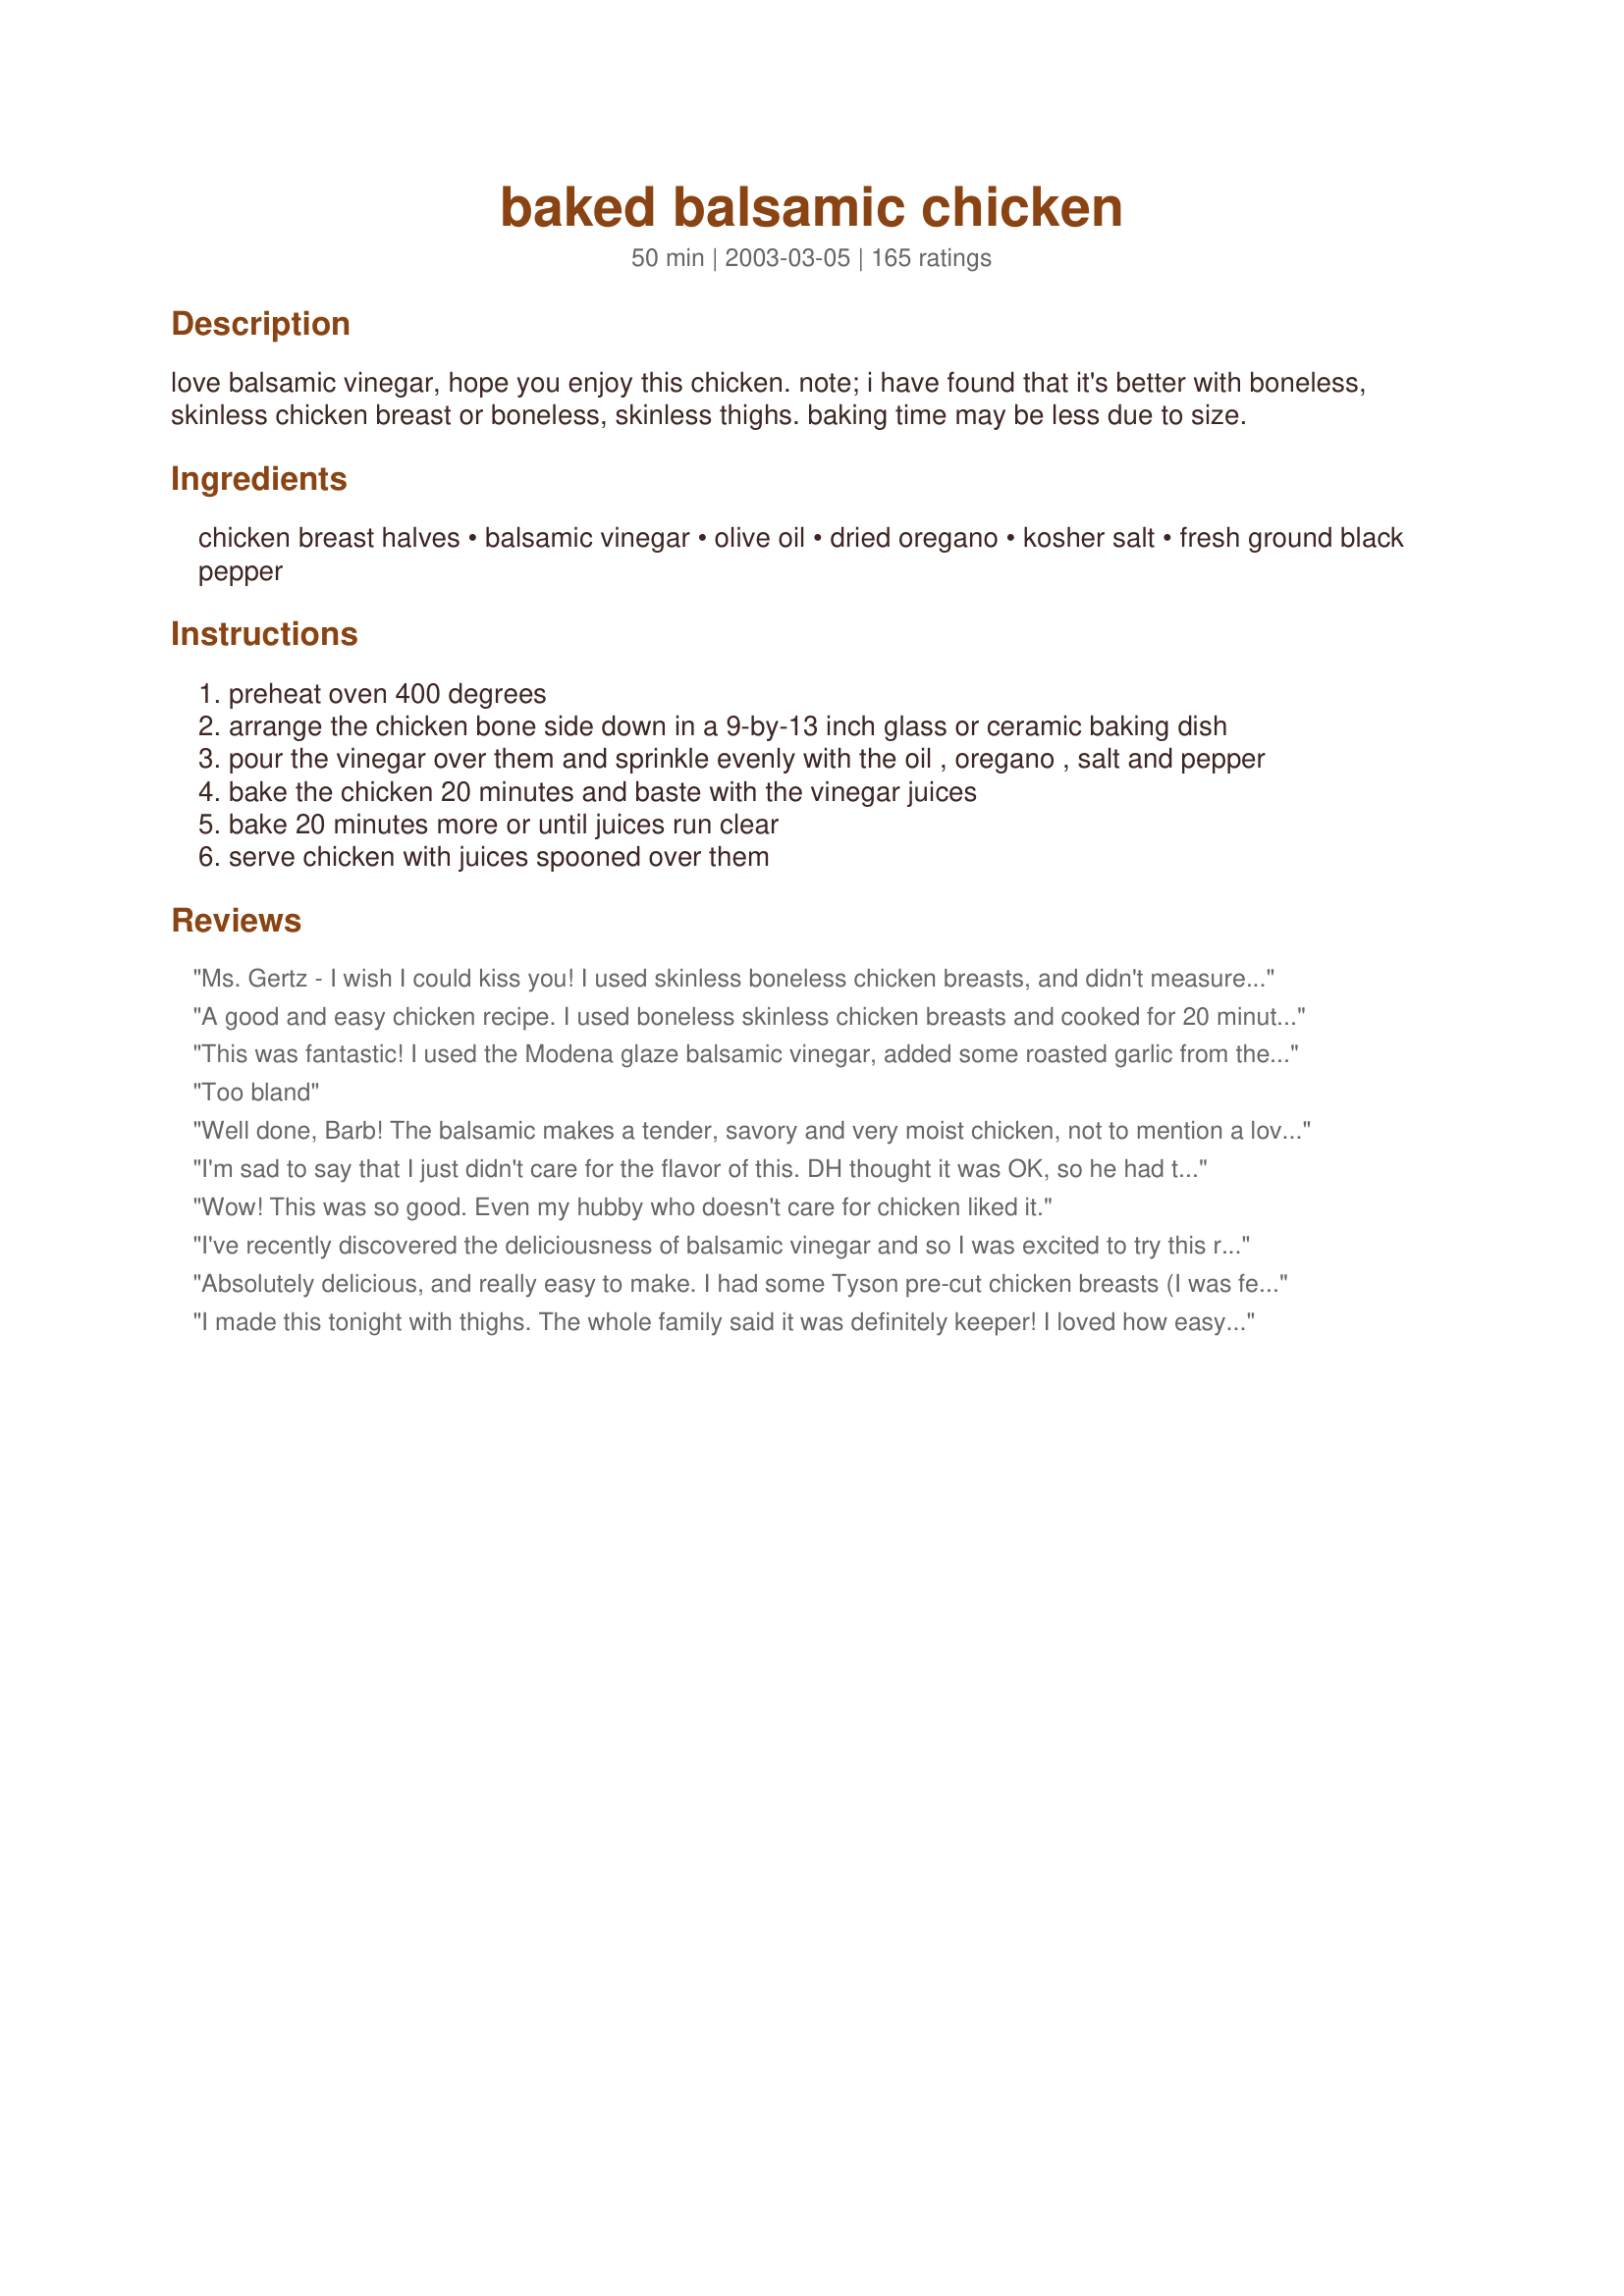
baked balsamic chicken
Preparation time: 50 minutes

love balsamic vinegar, hope you enjoy this chicken. note; i have found that it's better with boneless, skinless chicken breast or boneless, skinless thighs. baking time may be less due to size.

Ingredients:
chicken breast halves, balsamic vinegar, olive oil, dried oregano, kosher salt, fresh ground black pepper

Steps:
preheat oven 400 degrees
arrange the chicken bone side down in a 9-by-13 inch glass or ceramic baking dish
pour the vinegar over them and sprinkle evenly with the oil , oregano , salt and pepper
bake the chicken 20 minutes and baste with the vinegar juices
bake 20 minutes more or until juices run clear
serve chicken with juices spooned over them

Reviews:
Ms. Gertz - I wish I could kiss you! I used skinless boneless chicken breasts, and didn't measure anything out except the evoo, just drenched it with balsamic vinegar, sprinkled plenty oregano and pepper on it, and just a tad of kosher salt. Used 1 tsp of olive oil per breast and got 3.5WW points per 3oz serving. 1/2 way through cooking I threw some asparagus right in there and it was DELICIOUS with that balsamic flavor! DH was so happy to have a baked chicken breast that was juicy and flavorful, and I was ecstatic to throw chicken in the oven and practically forget about it. Your oven temperature is right on, and so is your bake time. I added so many more of your recipes to my cookbook, and can't wait to try them. Thanks for a new staple in my house! I'm going to share this recipe with the world!
A good and easy chicken recipe. I used boneless skinless chicken breasts and cooked for 20 minutes. Next time I would check at 15 minutes since the chicken was a little overdone.
This was fantastic! I used the Modena glaze balsamic vinegar, added some roasted garlic from the freezer and layered the bottom of the baking dish with onions. No skin- no bone, baked for 30 minutes at 350 degrees. I will add more than 1/2 onion next time as they were wonderful in their own right! thank you.
Too bland
Well done, Barb! The balsamic makes a tender, savory and very moist chicken, not to mention a lovely color. 
I marinated this for an hour before I popped it in the 400* oven, and also added about 8 whole peeled garlic cloves, cuz we love garlic with chicken. Made this with mostly thighs, and baked for about 50 minutes. The smell was divine!
I'm sad to say that I just didn't care for the flavor of this. DH thought it was OK, so he had the leftovers for lunch. As a balsamic fan, I can't put my finger on what went wrong, but I'm sorry to say this won't be staying in my cookbook.
Wow! This was so good. Even my hubby who doesn't care for chicken liked it.
I've recently discovered the deliciousness of balsamic vinegar and so I was excited to try this recipe. I used the ingredients as stated and used boneless, skinless chicken breasts. I started them out at 350 degrees for 11 minutes and then realized the recipe stated that the temperature should be at 400 degrees. So I bumped up the temperature. I kept an eye on them to make sure that I pulled them out as soon as they were done. Even with that, they came out dry and very unflavorful. I think the only way to save these is to cover them up with barbeque sauce. This recipe is not for me.
Absolutely delicious, and really easy to make. I had some Tyson pre-cut chicken breasts (I was feeling super lazy) that were frozen. I mixed everything together and then poured it over the breasts, let them thaw for an hour (turned them after 30 minutes), and then cooked them for 30 minutes - 15 on each side. I also used whole peppercorns. I've never been more impressed at the ease and taste of a chicken recipe - thank you!
I made this tonight with thighs. The whole family said it was definitely keeper! I loved how easy it was to prepare and cook. Thanks, Barb!
This chicken smells wonderful when it is cooking and tastes even better when it's ready! And better yet, it does all this without packing in a lot of extra calories! Thank you for posting this recipe Barb.
So easy, tasty, wonderful. This will make it into our rotation. There is no reason not to try this recipe. It's nutritious, easy, inexpensive, great tasting. No muss, no fuss. Thanks, Barb, for a new way to prepare chicken!
Wow, I realy have a hard time fixing somthing that my whole family would eat. This recipe did the trick, everyone ate every pice I served. I would so recomend this to anyone. Thanks for the this recipe Barb.
Very nice recipe and easy too. When I was pouring the balsamic vinegar out of the bottle, it had a strong scent and I was afraid the taste would be overpowering. But it turned out perfect and juicy. I will use this again. Thanks!
Great entree for a busy mom! Thank you Barb! I made this with 2 chicken bnls/sknls chk breasts. I kept the same measurements as if I was making 4 breasts. I cooked this in a 350 degree oven for 30 minutes flipping at 15.

I used the pan juices to make a balsamic reduction that was excellent. I also used some McCormick Mediterranean Spiced Sea Salt for seasoning on each breast.

My husband loved it and I loved that I had plenty of time to whip up mac n' cheese for my toddlers as well as veggies, rice and pop open a bottle of wine. And I only used TWO pans!!!
Don't hesitate to try this recipe! It's so flavorful! Took a couple of reviewers' suggestions and sliced 1/2 onion and a clove of elephant garlic to the sauce. Really added great dimension. Doubled the "sauce" ingredients. When the chicken was done (and very tender!), I reduced the liquid by about half and spooned it over the breasts. Phenomenal!
I made this recipe with pork chops and it turned out great! Very versitile.
Excellent and easy! I thew this together tonight and loved it. Will make again.
I made this using boneless, skinless chicken thighs. So easy to make, just put it all in the pan and bake. The thighs were very tasty and moist with the balsamic vinegar adding great flavor.
This chicken has a great flavor! I used boneless, skinless chicken breasts and I would recommend using the bone in. That's what I will do next time b/c the flavor of the vinegar would be wonderful on the skin. Thanks for posting.
I really liked this recipe...balsamic vinegar is one of my favorite flavors, and I've used it on steaks before, which turned out great, but never with chicken. The chicken came out moist and tender, flavorful and tasty. I'll definitely add this simple but beautifully tasty recipe to my regular rotation. Even my children liked it, which was amazing!
We loved this made with leg/thigh quarters. It looked impressive on the plate. I thought the sauce might be on the sweet side but was pleasantly surprised by its savory flavor. Look forward to making it with breast halves!
Great chicken, DH and I both loved it. I cooked 6 chicken drumsticks, bone in, added whole peeled garlic cloves, and small whole red potatoes. I sprinkled a smaller amount of oregano, so it would't overpower the dish. I turned over the chicken after 20 minutes. Wow, easy and fit for company. I used premium Premium Balsamic vinegar from O & Company (Oliviers), it's syrupy. with and tart and sweet flavor, the juices turned into a glaze. Next time I will add some sliced onions. Fantastic !!!!!
We used boneless, skinless breast and they turned out to be very tender and flavorful, I will definetly make this one again.
Holy Chicken, Batman!!! This was so INSANELY EASY and OH SO SO DELICIOUS!!! I'd probably double the liquid next time, just because most of mine evaporated. THANK YOU SOOOO MUCH for sharing this!!!! A SUPER Winner!!!
Wonderful chicken! The flavor was great and the chicken came out very moist. I used 6 boneless skinless chicken breast halves and baked for about 28 minutes. This recipe is very quick and easy to make, I'll be making this again!
This was very good and simple to make. I didn't use the olive oil and it still came out favorful. I kept turning the chicken every 15 minutes. I cooked it for 45 minutes because my chicken breasts were large and I forget to cut them in half.
Delicious. I used Chicken Leg quarters. I did one that was skinless for my mom who is on a diet and I think it came out better on skinless chicken. Will do this on skinless boneless breasts next time.<br/><br/>I paired it with the an Apple potato and onion hash (a Rachael Ray recipe) and some flaky biscuits ( these were not home made).<br/><br/>Will definitely make this again!
Everyone in my house loved this chicken. My 5 year old (pickiest of eaters)had seconds -- can't get a better accolade than that. I prepared the dish as directions indicated. My only change was that I used boneless, skinless chicken breasts. Cook time was reduced to 35 minutes. Chicken was moist, tender and delicious. The recipe was so simple, quick and healthy. Another perfect addition to my diabetic recipe collection.
What a savory, tasty, tender way to eat chicken. Probably just my oven, but the chicken was done in about 32 minutes, rather than the full 40. Thank you for such an easy, yummy dish!
This is one of our new favorites and a recipe that will be made often. Boneless chicken breasts work great in this recipe. The chicken turned out moist and we loved the balsamic vinegar.
AMAZING!!! We loved this chicken recipe!
This was so easy & my husband and 2.5 year old loved it!! After baking, I also reduced the liquid & added a little butter to the saucepan to make a thicker, richer sauce. I used chucken cutlets and baked 20 min @ 350.
Thanks!
An absolutely fantastic, simple dish! I marinated the chicken for 2 hours in the mixture. I also added some leftover roasted garlic, mashed. To speed up the cook time, I seared both sides in a hot cast iron skillet, then popped it into the oven for about 15 minutes. The glaze leftover on the bottom was out of this world! Next time, I will take the suggestion I saw to add sliced onions to the bottom of the pan...maybe mushrooms, too!
Awesome...very EASY...chicken came out moist and tasty! I did although take sauce and reduce it in a saucepan and then pour back over the chicken. THANK YOU!
I have made this a couple of times now. I use boneless skinless chicken breasts, because of this change, I cook the chicken in a 325 oven, for 35 minutes, then cover & let rest for 10 minutes, this prevents the boneless breasts from becoming dry & tough. Also if I am making a sauce from the pan drippings, I stir in a tablespoon of butter just to give the sauce the added richness. Restaurant quality chicken, quick & easy. Thanks for a fabulous recipe!

Update August 29, 2007, Made this again last night using Okanagan Raspberry Balsamic, wow!!! Again made the pan sauce stirring in a teaspoon of butter for richness & thickening, served over mashed potatoes. Great recipe, thanks, Barb!
This was the juiciest chicken I have ever made! The skin was nice and crispy too.
I browned the chicken first to give it some color, then baked aproximately 10 minutes, since the chicken was already partially cooked. Tasty, but I was hoping for a little bit more flavor. This recipe does get a lot of props for ease and simplicity! Thanks.
No changes in the recipe and for some reason neither one of us cared for it much. Would not make it again.
I can't believe I haven't rated this yet! I have made it half a dozen times and am pleased every time with how easy it is and how wonderful it tastes. I love that I can decide to make this an hour before dinner and end up with something super tasty. Thank you for sharing.
So easy and so delicious!
Great recipe! I used skinless/Boneless chicken breast, doubled the balsamic and used Italian herbs mix with vegetable oil (had no olive oil) added seeded cut-up tomatoes. Also layered the bottom of the pan with sliced onions. Cooked at 350&deg; for 30 min. When done removed the chicken an onions and thickened the sauce with corn starch, also added 1 Tbl. Butter to it.. it was sooo delish!.
This was decent, but I probably won't make it again. The vinegar was a bit strong for us.
This was a simple, flavorful way to bake chicken. Thanks for posting!
I loved the idea of this dish but the flavours didn&#039;t really come through too much. Maybe my pan was too large? The red onion and garlic that I added like some other reviewers was the best part.
Yum!!!! So easy and so good.
For some reason, the chicken breast didn't pick up the flavour of the basting juice and it was pretty bland. Also the liquid left at the end of the cooking isn't thick enough to use as a sauce over rice or noodles. Next time I'll try one of the balsamic chicken recipes that have tomato in them. Sorry but this recipe just doesn't do it for me.
Very good chicken. I didn't have kosher salt, so I just subed regular salt for it. My two picky boys ate the chicken right up, as the flavor wasn't overpowering, and my husband and I enjoyed dipping our chicken in the extra juices! Mmmm mmmm good!
I am surprised I haven't rated this yet - this has become a staple in my recipe collection. I have used it with bone in AND boneless skinless chicken breasts. I find it to be a wonderful, moist, delicious and tasty recipe. Just the right balance of flavors. It is my GO TO recipe if I don't have time or many ingredients. Easy, fast, reliable, and I can put almost any side dish with it. I have even used the drippings to make a gravy/sauce and it too was great. THANKS!
This is so good! I have a hard time eating plain ol' chicken. This gave it a lot of flavor and made it very moist and tender. I topped the chicken with some mushrooms for the last 10 minutes. I can't wait to make this again. Thanks for sharing!
Very tasty and super easy. Picky husband and daughter loved it. Delicious left over cold, too. WOuld be great on a salad, fajitas, enchiladas, etc.
This was easy and delicious! Both my husband and I really enjoyed it.
I like this recipe very much and have used it several times already. I use boneless skinless breasts and they come out tender and with an enticing aroma. After the chicken is cooked, I like to pour the juices into a small saucepan, then boil it for a few minutes to reduce it to a glaze which I pour over the chicken.
My very picky eater DH LOVES this receipe. We have it about once every other week. He calls it his favorite chicken. Very easy to make and very tasty! Thanks for sharing!!
Very moist and very easy. The skin had a lot of taste, but I wish the chicken itself was a bit more flavorful.
I made this tonight and we absolutely loved it. I used boneless, skinless breasts and they came out perfect. I cooked them for 30 minutes. Wonderful with Barefoot Contessa's Roasted Garlic Potatoes and steamed zucchini. What a great low-fat recipe!
I have made this recipe twice in 1 wk..Barb, this is a truly amazing recipe..the chicken is soooo moist and flavorful, used one breast for a chicken salad..YUM!
Thank you for sharing, will be made often!
This was excellent. I think next time I'll try thighs. Thanks
This was the juiciest chicken I have had in a while!! The flavor was GREAT too! Even my DH, who is not a big balsamic vinegar fan, really loved this chicken! So easy and so good....my kind of recipe! Thank you so much for posting!!
This is company fare!! Very good and very easy to do. I cooked two breasts. I put them in a dish in the early pm with the rest of the ingredients then cooked them for dinner. Well worth doing. Thanks for the post Barb.
Easy to make and moist but not very flavorful.
Barb, this is good cooking, 10 min prep, in the oven, and out comes this juicy, moist flavorful chicken that not only taste great, but looks great to! I put this together with some butter garlic rice from Uncle Bens, and a cesar salad out of a bag, for my sister and her husband and they thought it was just the best dinner ever! haha! Almost to easy.
Thanks again, your recipes are always winners.
A great, quick and easy recipe. I used boneless, skinless chicken breasts and baked at 350 for about 30 minutes.
I'm sure I'll will be make it again. Before attempting this again, I'll have to figure out what seasonings to use, by reading all of the review, and see that will work for others, and than for me, to make it more flavorful or lot better for me to do! Anyway, excellent to do a SCRATCH on recipes. The more I play with my food, the more I love cooking, to make a recipe that will work for me, that is!! Than I can do the happy food dance!! I've will added this to my recipe book with my additions. THANK YOU!!
Excellent variation on a roasted chicken breast. The skin turned out crispy, and the meat was tender and moist. Wonderful flavor. Definitely a keeper!
Unbelievable! My youngest son devoured this. I split two chicken breasts in half (& lessened the seasonings), so my bake time was shortened. Fantastic & so easy to put together. Thank you.
This had a little too much oregano for me. I think the next time, I'll probably reduce the oregano to 1/2 tsp., and then it will be more to my taste. 

It was very moist and juicy. I used boneless chicken breasts, and I think that's probably what I'll do the next time also.
Fantastic! I&#039;m a newbie into cooking and this one is very easy. I used boneless chicken breast and followed that instructions as is. I love the combination of the oregano and balsamic vinegar. It smells wonderful. I baked it for 20 minutes at 400. It turned out moist and tasty. I will surely cook this again for my family when I get back home. Thank you for sharing this awesome recipe.
For how simple this recipe is, it's definitely a 5. Lots of flavor with just a few staple ingredients. My whole family loved it. I will most likely use a bit less salt next time. But it was delicious!!!
Barb,

Thanks for posting this wonderfully simple recipe. It's quick and easy -and tastes delicious. I like to serve mine with brown rice and fresh fruit.
I rubbed these with the oil and sprinkled with oregano, thyme, basil and pepper and seared them on my grill for a few minutes to get the flavor and nice charing marks. I think with the amount of vinegar the salt isn't needed. I also covered the breasts with diced onions while baking because that helps keep them extra moist as the juice from the cooking onions bastes them. I used a thermometer to get the temp right.
It was moist but it didn't have a lot of flavor.
Good chicken recipe. Quick, easy, and delicious. A nice, healthy, low calorie meal when paired with a side of veggies. Plus its low carbs! Even the 9 yr old enjoyed it.
Great! I added some fresh garlic and basil. This was very simple and had a nice light flavor. Thank you barb
Very good. I cooked in the slow-cooker and the chicken was tender and tasty! Thanks for another good chicken "dump" recipe.
Oh so simple and delicious. Need I say more??
Excellent - moist, flavorful and now a family favorite. Use chicken with bones and skin. I threw a few cloves of garlic around chicken and it gave it even a more wonderful taste.
We really enjoyed this. I used bone in/skin on chicken. It was moist and flavorful. I actually baked mine at 375, meat side down for 30 minutes and then flipped it so the top would brown for 30 more minutes. I broiled for a couple of minutes in the end. I'd like to try it with boneless skinless breasts next time. Thanks!!
We didn't care for this - I don't know what happened but it wasn't good. This could very well be my fault so I'm not going to rate yet; I'm willing to try one more time since so many others managed to make something wonderful.
Very good! Easy to make, seasonings and such that I always have on hand. I served this with roasted red peppers and aspargus. What a lovely meal! Thanks Barb! Another winner!
was good and easy. Not great.
Finally getting around to posting how great this recipe is!! I love balsamic vinegar.. I've used it a glaze for filet mignon.. but never with chicken.. this is a wonderful recipe. Made it a few times now and turns out perfect each time.. the vinegar actually sweetens (if that makes sense). and the smell while baking.. just imagine perfection in your oven.. I will make this again and again..
I like this chicken a lot. My only complaint is that it did not have a lot of flavor. But overall, very good!
The chicken came out moist and tasty! Next time I will use more vinegar. I served it with Derf's Fresh Green Beans with Garlic (12423), Sweet and Spicy Sweet Potatoes (78953) and the awesome Artichoke Bruchetta.
Thanks for a great chicken recipe!
These were awesome and SO easy. Thanks for sharing, Barb!
Very nice Barb! I used 6 legs and put everything in a ziplock bag, shook it up and put in the oven. The taste was nice and "THERE"!
I made this dish last night using chicken pieces. My family enjoyed this and I will continue to make this. I think next time (if using pieces) I will let the chicken roast for the first 20 minutes without the vinegar, then drain the grease from the skin, and then pour the vinegar on for a more stronger vinegar flavor. Anyway, we loved it and will include this recipe in our rotation. Delicious. Thank you for sharing with us.
This was so easy and very tasty, my family loved it. I Baked the bone in chicken over a bed of spinach, and roasted the other veggies with the same balsamic glaze, it was awesome. Thanks!!
Loved, loved this chicken! It was Delicious, Tender, and Very easy to make! I used boneless chicken tenderloins so the cooking time was a little less. The whole family cleaned their plate. Thanks!
Hit with the house! Only thing I wish was that my chicken breasts weren't so huge. It ended up cooking for longer than 40 minutes (checked with meat thermometer). Amazing taste and so juicy! I want to try this with boneless chicken next time. Thank you for posting this, Barb!
this is such a great dish that always turns out perfect with almost zero effort. yum, yum, yum!!
I really enjoyed this (it was 5 stars for me) but my other half wasnt too keen (3 stars from him). He did eat it but said he wouldn't want it again. Me, I thought this was excellent and I'll certainly be having it again. The chicken was SO tender and moist and the flavours were really good - not too overposering but not too weak either. I baked it as directed but the juices did burn onto the pan a little which made it hard to baste. I served as directed with the juices spooned over the top, but personally I didn't think it needed it - the chicken was great just as it was. A fab recipe - thanks Barb!
i love balsamic but this wasnt good at all
This is excellent! Sooooo good. Have made it twice and will definitely be making it frequently from now on. I reduced the olive oil, salt and pepper by just a bit (personal preference). The first time, I used bone in chicken and the second time skinless, boneless. Both were very good.<br/><br/>Was a bit skeptical about trying this at first because of the vinegar but after reading all the great reviews.....and seeing how easy it is to put together, I gave it a try and am very glad I did.
Made this tonight using leg quarters I had on hand. Wanted to make sure I didn't forget to tell you before I do anything else tonight...Barb, this was DIVINE!!! I loved the use of the balsamic vinegar. I left the skin on, this time...not the healthiest choice, but I will have to try the boneless, skinless chicken breast or thighs next time...and believe me, there will be a next time. Thank you for sharing.
This recipe smelled delicious, and would probably be okay in a salad, but I didn't care for it by itself that much. Would probably not make again. DH gave it 3 stars
I made this chicken for a family dinner during Passover and followed the recipe exactly. I quadrupled the recipe, filling 1 9x13 pan with chicken thighs and one with split chicken breasts. The chicken had a great flavor and was very moist. The leftovers will be good for any chicken recipe requiring cooked chicken. I'm giving it a 4 star, even though I thought it was great, only because I was looking forward to the balsamic vinegar flavor, but couldn't taste it at all. I asked a couple of guests and they hadn't guessed there was any in the recipe. I tried following the other reviewers suggestions about reducing the sauce, but it just didn't work very well for me. Too much fat and not enough sauce. It probably would work a lot better with skinless chicken breasts, but I decided to make it skin on for a juicier chicken and let people that wanted to remove the skin themselves (which is what I did). Oh, I did end up cooking it at 350 degrees for 1 hour to accommodate the other food and the lower temperature they required. I'll definitely be making this again.
Wonderful, quick & easy. I used boneless chicken breasts and cooked 20 minutes uncovered and 10 mins covered.
Great chicken dish!!! I'm always looking for new things to do with chicken, this was delicious!!! I used 6 small boneless skinless breasts and reduced the oregano to about 1/2 tsp. I realized after cooking it that I had forgotten the oil, but it was still great!! They cooked for about 35 mins, I turned them 1/2 way through and only basted a couple of times. I told my picky DH what I was making for dinner and he was skeptical (as always :D ) But I guess it passed the test because he kept coming back for more until it was all gone :) :) Thanks for an awesome, low calorie chicken dish. I will be making this often!!
Delicious & very easy! I used boneless chicken breast and was worried it would end up dry, but it was perfect! Thank you
Very good and flavorful -- really enjoyed it. Thanks!
We really enjoyed this recipe! As some of the reviewers suggested, I laid the chicken atop half of a sliced red onion and three large crushed cloves of garlic. Also used skinless, boneless thighs (the husband is weird about both skin and bones). Cooked for about an hour at 350 (our oven is a bit unreliable). Served with a green salad and baked then mashed winter squash, this was a lovely dinner for a chilly fall evening. Thanks for posting!
This chicken was absolutely delicious! Made it exactly as the recipe says and it was soooooo good. DH loved it and so did I. Wonderful, simple chicken dish. I would not hesitate to serve this to guests. It looked as good as it smelled. We had it with a mixed rice blend and cabbage ramen salad and sliced tomatoes. Thank you Barb. I know this will be requested again very soon!
This was fantastic! We love balsamic, and it imparted a nice sweetness to this dish. It was also very juicy (I followed the stated time, but used boneless skinless chicken breasts). I used just a sprinkle of salt and fresh oregano - which was great in this. Thank you!
I made this using boneless skinless chicken breast. Love the balsamic vinegary flavor and seasoning was just right. Wasn't quite as moist as I would wish for, so think I will try next time with bone-in breast or thighs. A solid family pleasing dinner. Thanks, Barb.
Loved it! Loved the flavor, loved the fact it's low-fat, loved how quick and easy it is to prepare. I also used boneless, skinless breasts; they came out quite tender, and very flavorful. A definite keeper -- thanks for posting this!
Forgot to review this! My husband loved it. I really enjoyed the smell of the balsamic vinegar as it cooked. I have made this dish twice now and it never fails. Served over rice and you have the perfect little meal.
Loved this! Couldn't have been easier, either.
I use a strawberry/balsamic glaze on my chicken breasts - mashed golden potatoes and gold sweet potatoes along with French green beans
This was fabulous! I used bone-in legs/thighs and baked for a total of about 50 minutes. Very easy prep and wonderful flavor. I will definitely make this one again! Thanks for the recipe.
Easy and delicious! I will make this again many times.
This was nice... something different. Do not be scared of the balsamic ... it doesn't end up being a strong taste at all. Thank you.
Very good. The balsamic vinegar creates a very tasty sauce. I used thighs and legs as well as breasts. Since there was no oven setting given I used 325 degrees. I baked it one hour plus.
This was very good thank you! I added onion, red chilli flakes and fresh oregano to it and it came out really moist because of the balsamic and filled with flavour! Kids and hubby really enjoyed so thanks again. We'll definitely make this one again as it was a hit and super easy to make.
It was good but my juices dried up and burnt to the pan making the chicken dry. Any idea what I did wrong?
A healthy and easy meal to prepare! We served this with baked potatoes and I used the left over juices from the chicken to pour over the baked potato in place of butter.
My DH actually made this as I was home later than him tonight. The smell coming in the door was fabulous. We really enjoyed this and it's so simple even my DH can make it. I've been pushing him into learning to cook, this was just right for the beginner cook. I praised him over and over, so he'll continue to venture into the kitchen! He-he!
What a wonderful dish! Used chicken tenders, as that was what was on sale. A dieters delight. Thanks for sharing.
Oh my goodness this dish was fabulous. I made this for the DH last night and he is still talking this morning about how "the flavor really got into the meat". <br/>I used chicken thighs and did as some suggested by adding half of a red onion and whole garlic cloves (about 4) to the bottom of the baking dish before adding the chicken. The onion took on an amazing sweet & sour flavor that really complemented the chicken. Next time i'll add more onions and garlic.<br/>I made mine in a metal baking dish so i could stick it under the broiler for a few minutes after the chicken was complete to crisp up the skin. Thank you Barb for a great dish!!
I really like the flavors but my chicken breast got over cooked at only 30 minutes cooking time. I think next time instead of basting at 20 minutes I&#039;ll actually turn the breasts over (they seemed to be moister on the bottom and dryer on the top). Then I&#039;ll likely check the breasts at that time to see if they need to cook more. Tasty though!
I had high hopes for this being quick and delicious and simple. It was indeed quick and simple, but I would not make it again. It was not appealing in presentation -- the cooked balsamic gave it an off-putting color, and my kids did not really enjoy it. I ate it, but it wasn't anything special.
So easy and what an amazing flavor. Will make again. Thanks for a great tasting recipe! (Even pickey hubby ate it as well)
Very good recipe. This will be used on a regular basis. I paired with cole slaw and potatoes prepared with olive oil, garlic salt, onion powder and oregano. Great combination. Thanks for this recipe
My girls loved this. I wasn't hungry, so didn't eat that night, but they said it was a keeper & they wanted it again. It was really easy, and I'll be making it again. Thanks.
This chicken was exceptionally moist! Also, very quick to prepare. We just found the taste to be a little bland.
I made this for dinner this evening along with Crispie Baked Potatoes #106872 and Tarragon Carrots #88902 and Brownies #116597 for dessert.The chicken recipe was so easy and had a real nice flavor.The kitchen smelled wonderful as it was cooking...My DH liked it very much.The potatoes went in the oven ,30 minutes before the chicken was done,same temp400. I love these potatoes and this time I added half again more garlic salt and cayannne .The carrots had a overpowering flavor,but were a nice change.And who doesnt like brownies?I made half the recipe 5 bags.I made one for dessert and I cooked them at 350 for 30 minutes,they were cake like,nice texture,not as sweet or chocolatie as my regular recipe but still very good. I sprinkled powder sugar over the top of them..I will make other bags when I have unexpected or last minute company as I only need 30 minutes to have a nice warm batch of brownies...
The flavor is great. I removed the skin from the chicken breasts, so the outer meat got a little overdone...maybe I would cover loosely with foil next time about halfway through. Incidentally, the tangy chicken tasted great with a sweet potato side and fresh green beans. It's a winner!
This was LOVELEY! I was nervous about using vinegar on chicken but with so many reviews I thought that I would try it. I am certainly glad I did. I de-boned the chicken to give a better presentation, otherwise I did everything according to the recipe. The taste was delightfully simple, and the meat was so tender, restaurant quality! My husband was very amazed as well.
I was hesitant to try because ive never used basalmic vinegar as main ingredient but turned out so good. this recipe was also so easy! I used chicken breast,served over rice, added minced garlic, 1tblsp worcestershire sauce and 2 tblsp raspberry chipolte sauce to give it a spicy sweet kick. i also threw in some steamed carrots the last couple minutes. the whole family loved it. thanks for saving dinner tonight Barb!
I'd have to say this recipe is awesome. Took me a few minutes to prep and just threw it in the oven. Easy and quick. Will be baking this a lot more often, its just too easy and it is very low in oil or any other types of fat. I used chicken breasts without the bones and it came out great.
Husband who never makes anything but hotdogs made this. Kids ate it. Enough said.
I was really looking forward to this recipe after the reviews and was disappointed by the extreme dryness of the chicken. I followed the directions exactly except baked ~20 minutes uncovered and ~25 minutes uncovered at 350. My DH loved it though because he prefers dry chicken which can be a benefit for me when I overcook it.
This is an awesome dish! Easy and very tasty. The family requests it almost weekly. I usually add just a bit more balsamic, but otherwise follow exactly. Thanks for such a great recipe.
Very tasty! I added minced garlic.
I was surprised how good this was because it was so simple to make! My Husband liked it a lot! When planning our dinners this week the first thing he suggested was this meal! I'm making it again tonight! The only difference I made was I chopped up some onion and carrots and placed them in the pan first and sat the chicken breasts on top. The carrots ended up being one of the best parts of the dish, they tasted great soaked up in the sauce! Looking forward to eating this again :)
This is an easy and delicious recipe; a definite keeper! I make it with boneless breasts and reduce cooking time by 5-10min.
This was very easy and everyone loved it so it's definitely a keeper. I used boneless, skinless breasts and reduced the oven temp to 325 as another reviewer suggested. I mixed the vinegar and oil together and poured over the chicken, which I seasoned with s&p and an Italian herb mix. Cooking time was about 40 minutes.
This chicken was very light and delicious! I served it with coucous and asparagus and it was a great, healthy meal. Thanks for posting!
This is excellent, my husband and I both loved it .. I will reduce the juices over the stovetop next time to make a sauce, thanks!
I used boneless skinless thighs. I also served it over mixed greens. So juicy, sweet, healthy, satisfying, and QUICK. It doesn't get much better than that! Thanks!!
This was so tender and delicious! I love how easy it is to prepare and the taste is just fabulous! The only thing I changed was I used boneless skinless chicken breasts and baked them for 25 minutes. Thank you for a real keeper!
Easy as heck to put together and I love how delicious it is! I love that I can grab a pan, throw in some chicken and a few common household ingredients and have dinner! Absolutely delicious and the hubby loves it!
Very nice! The sauce turned out very thin so next time I will try the saucepan method that others gave but the taste was very nice. This was a simple, healthy meal. My 4 year old loved it but my 6 year old did not. DH and I thought it was very good. Will make again!
We really enjoyed this. I used a "Tastefully Simple" Spinach and Herb Mix instead of oregano. The baslamic gave this a nice flavor, different from ordinary baked chicken. My family enjoyed it.
This recipe was a true crowd pleaser.
What can I say that the other 95 have not? This was absolutely delicious and I used the leftover juice in the baking pan and drizzled it over my salad! I made recipe #87782 with this and it was a light but very tasty dinner!
There is not much that I don't like but this dish was awful!!!!
I made it last week and the chicken turned out so good me and my BF love balsamic vinegar and this one was a winner.It is so easy to prepare.Thanks for the recipe will be repeated again.
delicious and easy
This was really good. I used boneless skinless breasts and laid them on top of sliced onions. I just threw everything else together and added a little minced garlic and whisked it all up and poured it over the top. My husband loved it and asked when we were having it again after only a few bites. The best part was how simple this was to throw together.
I made this about a month ago and my husband is absolutely wild about it! Every time I ask him what he wants for supper, he requests this. I have just quit asking or we would have it every night. If you have one of those silicone baking pans, it makes a very nice crisp bottom. I have also tried to rush things by just putting all the ingredients in a bag and pouring over the chicken. It is much better if you follow the recipe; the olive oil keeps the other ingredients right where they should be and the chicken has much more flavor. Thanks, Barb, for sharing such a great, easy recipe!
Very good recipe. I used boneless, skinless chicken breasts. They were about 2.5 pounds total, and I halved them and doubled the recipe. I also followed another poster&#039;s advice: cooked at 325 degrees for 40 minutes and came out great.
I&#039;ve made this several times now - it&#039;s become one of my go-to recipes for quick, easy, and yum! I spread red or sweet onions on the bottom of the pan along with a load of mushrooms and spoonfuls of minced garlic, then eight or so chicken thighs and double the balsamic and oil. I don&#039;t measure the salt, pepper, or oregano - just sprinkle like mad until it looks about right. Comes out perfect every time - amazing flavor!
YUUUUUMMM!!! For such a delicious this, this was really easy to prepare! Added 6 cloves of garlic as well.

After baking the chicken, we saved the juices into a sauce pan, put some cream and mushrooms and made really delicious sauce! Try it!
I thought this was a good recipe but my husband loved it! I found it very easy to make and will definitely make it again. Thanks!
This is DELISH! I added a bunch of sliced garlic as well and it was such a nice addition! You have so many good recipes! Cant wait to make this again!
Loved this, and it smelled divine while cooking. I used boneless skinless breasts and baked at 325 for 35 minutes. Wonderful!
Excellent, easy! I used boneless skinless breasts and a combination of a white balsamic and dark balsamic vinegar. I marinated the chicken breasts. I wanted to reduce the sauce but I didn't have enough to do so (maybe because I marinated). I cooked 30 minutes at 350. Next time, I'll double the sauce ingredients so I can reduce some on the stove to serve over the chicken. Served with Recipe #93179. Definitely will make again & again!
It was not as good as other balsamic chicken recipes that i have tried. Though I do agree that it was easy!
Fantastic recipe! Wife had some balsamic vinegar she was going to throw out, I found this recipe and none was wasted. Thank you!
The chicken was very moist and it tasted good too! The balsamic vinegar really added a great flavor to this recipe. Next time, I am going to make a little extra sauce so that I can have more to drizzle over the cooked chicken. Thanks for a great recipe, Barb!
Tasted wonderful. I used boneless breast chicken and baked for 30 minutes. It turned out a little to dry for my taste. Husband loved it. I cooked down the juices and poured over the chicken. Next time I will use bone in chicken and follow the recipe. Thanks for something different.
I halved the recipe because I had 2 very large bone-in split chicken breast.<br/><br/>The flavor was very nice and tasty. The chicken was very moist. Overall very good!<br/><br/>Had is with rice and peas.<br/><br/>I recommend!
Excellent chicken! Came out much better when I followed the recipe and used bone in chicken. The first time I made it, I used boneless, skinless and while it was good, it was somewhat dry. It has become a regular staple meal at our house.
Very good! I halved it for 2 and it turned out great. I only used a sprinkling of salt and that was plenty though so I think you wouldn't need a whole teaspoon for 4. I only had a little oregano so I added in some herbes de provence.
I served these with mashed potatoes with heavy cream and truffle oil and they went great together.
